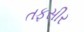
તફસીર